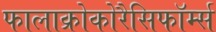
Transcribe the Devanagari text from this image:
फालाक्रोकोरैसिफॉर्म्स